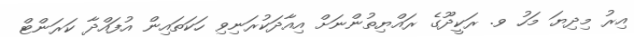
އިރު މިދިޔަ މަހު ވ. ރަކީދޫގެ ރައްޔިތުންނަށް އިއާދަކުރަނިވި ހަކަތައިން އުފައްދާ ކަރަންޓް